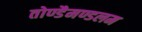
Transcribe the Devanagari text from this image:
तोण्डैमण्डलम